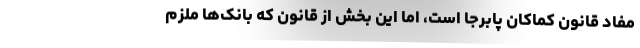
مفاد قانون کماکان پابرجا است، اما این بخش از قانون که بانک‌ها ملزم